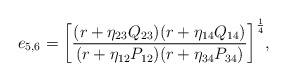
\begin{align*}{ e_{5,6} = \left[ { { (r + \eta_{23} Q_{23}) (r + \eta_{14} Q_{14}) } \over { (r + \eta_{12} P_{12}) (r + \eta_{34} P_{34}) } } \right]^{1 \over 4} } ,\end{align*}